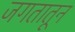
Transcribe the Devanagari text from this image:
जगतातून